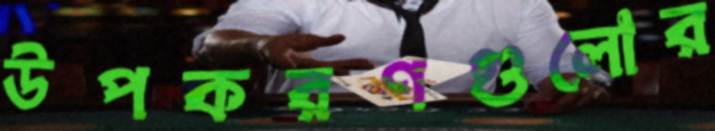
উপকরণগুলোর